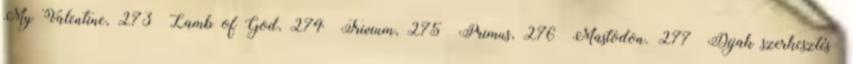
My Valentine, 273 Lamb of God, 274 Trivium, 275 Primus, 276 Mastodon. 277 Díjak szerkesztés